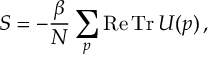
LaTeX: S = - \frac { \beta } { N } \sum _ { p } \mathrm { R e \, T r } \, U ( p ) \, ,